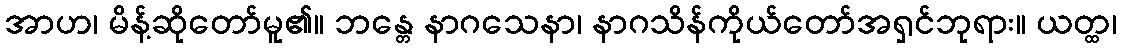
အာဟ၊ မိန့်ဆိုတော်မူ၏။ ဘန္တေ နာဂသေနာ၊ နာဂသိန်ကိုယ်တော်အရှင်ဘုရား။ ယတ္ထ၊